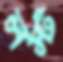
লস্ট